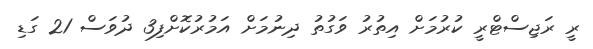
ރީ ރަޖިސްޓްރީ ކުރުމަށް އިތުރު ވަގުތު ދިނުމަށް އަމުރުކޮށްފި3 ދުވަސް 21 ގަޑި